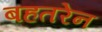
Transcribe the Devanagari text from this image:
बहतरेन